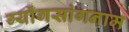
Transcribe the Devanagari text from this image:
ग्याँगसांगनाम